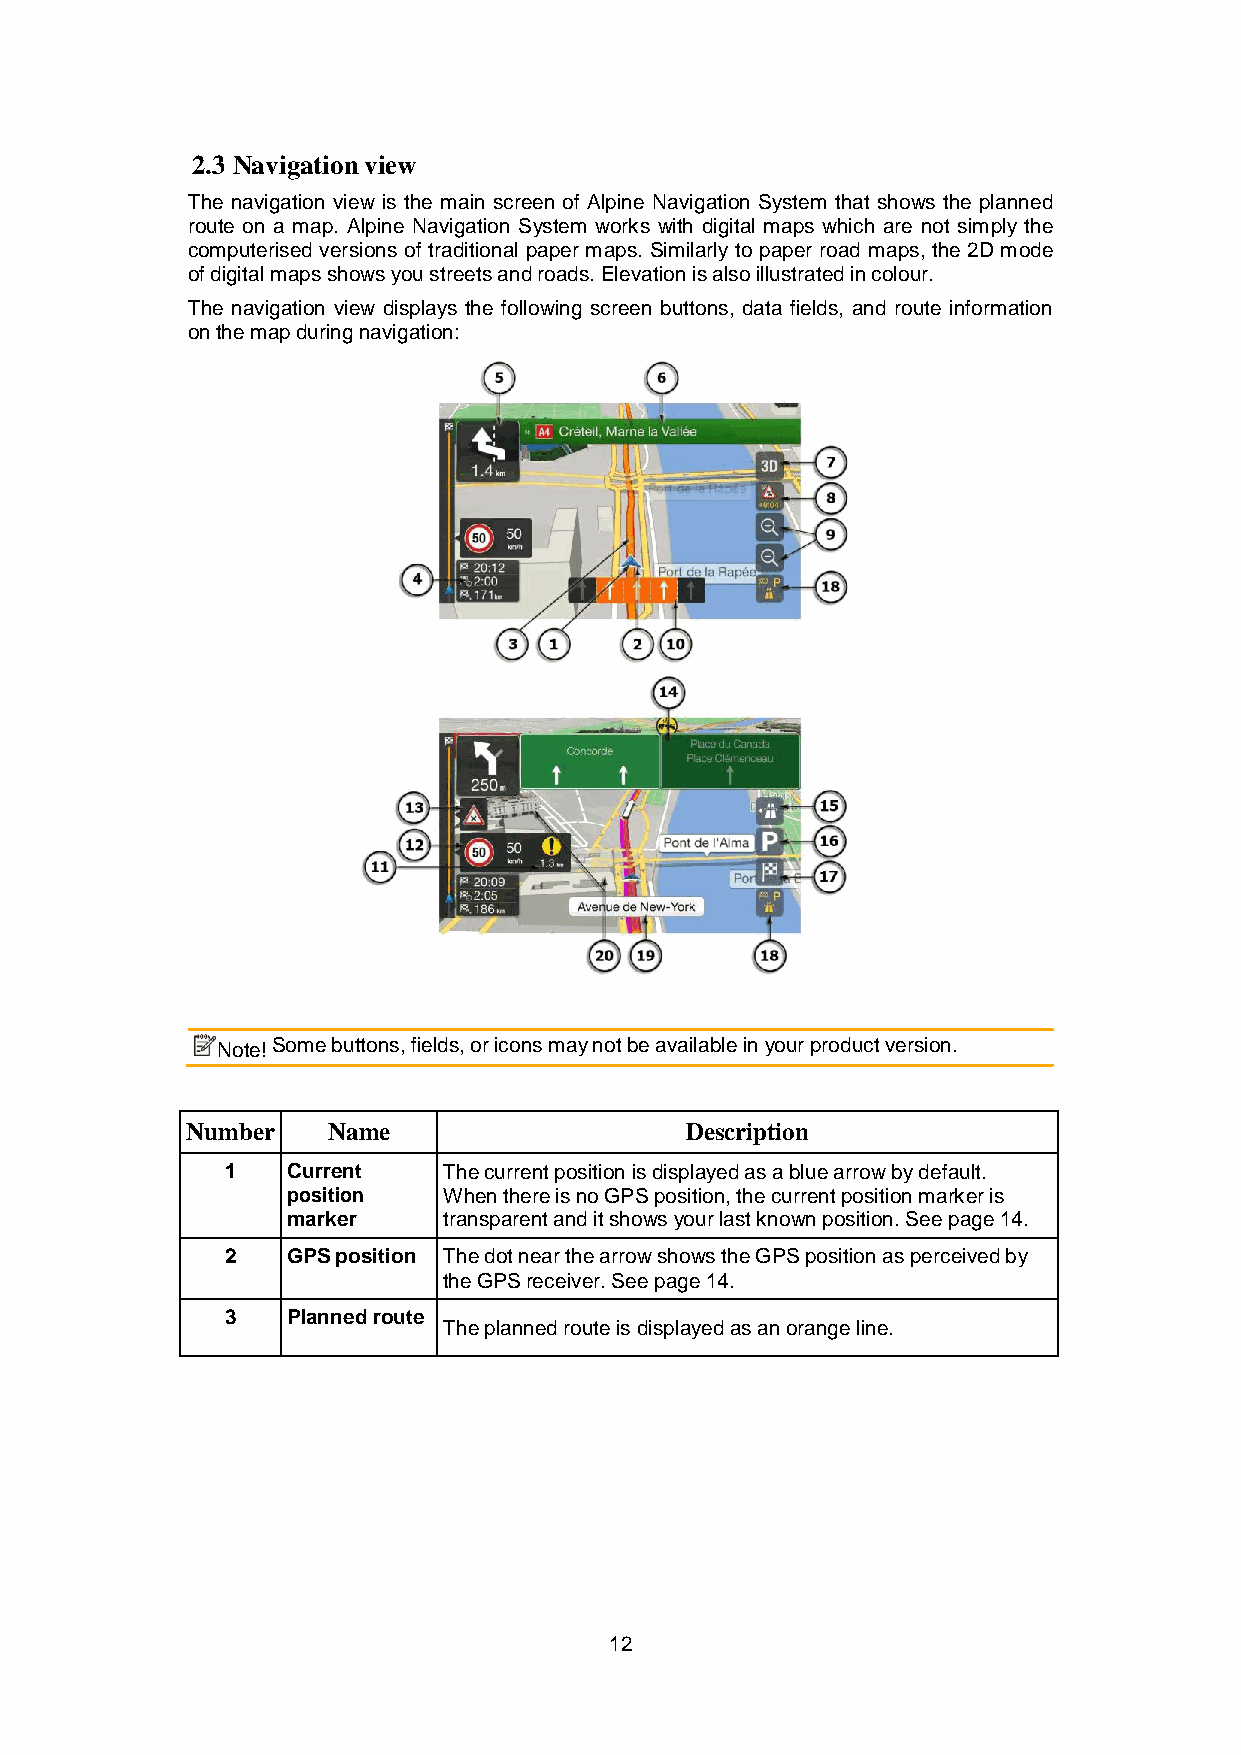
2.3 Navigation view
 The navigation view is the main screen of Alpine Navigation System that shows the planned
 route on a map. Alpine Navigation System works with digital maps which are not simply the
 computerised versions of traditional paper maps. Similarly to paper road maps, the 2D mode
 of digital maps shows you streets and roads. Elevation is also illustrated in colour.
 The navigation view displays the following screen buttons, data fields, and route information
 on the map during navigation:
 Note! Some buttons, fields, or icons may not be available in your product version.
 Number    Name                   Description
 1   Current   The current position is displayed as a blue arrow by default.
 position  When there is no GPS position, the current position marker is
 marker    transparent and it shows your last known position. See page 14.
 2   GPS position The dot near the arrow shows the GPS position as perceived by
 the GPS receiver. See page 14.
 3   Planned route
 The planned route is displayed as an orange line.
 12